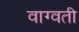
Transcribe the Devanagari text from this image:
वाग्वती